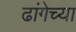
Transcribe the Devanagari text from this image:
ढांगेच्या